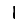
Digit: 1